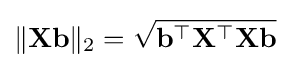
\|\mathbf {X} \mathbf {b} \|_{2}={\sqrt {\mathbf {b} ^{\top }\mathbf {X} ^{\top }\mathbf {X} \mathbf {b} }}